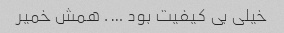
خیلی بی کیفیت بود …. همش خمیر